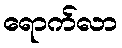
ရောက်လာ